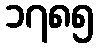
၁၇၈၅